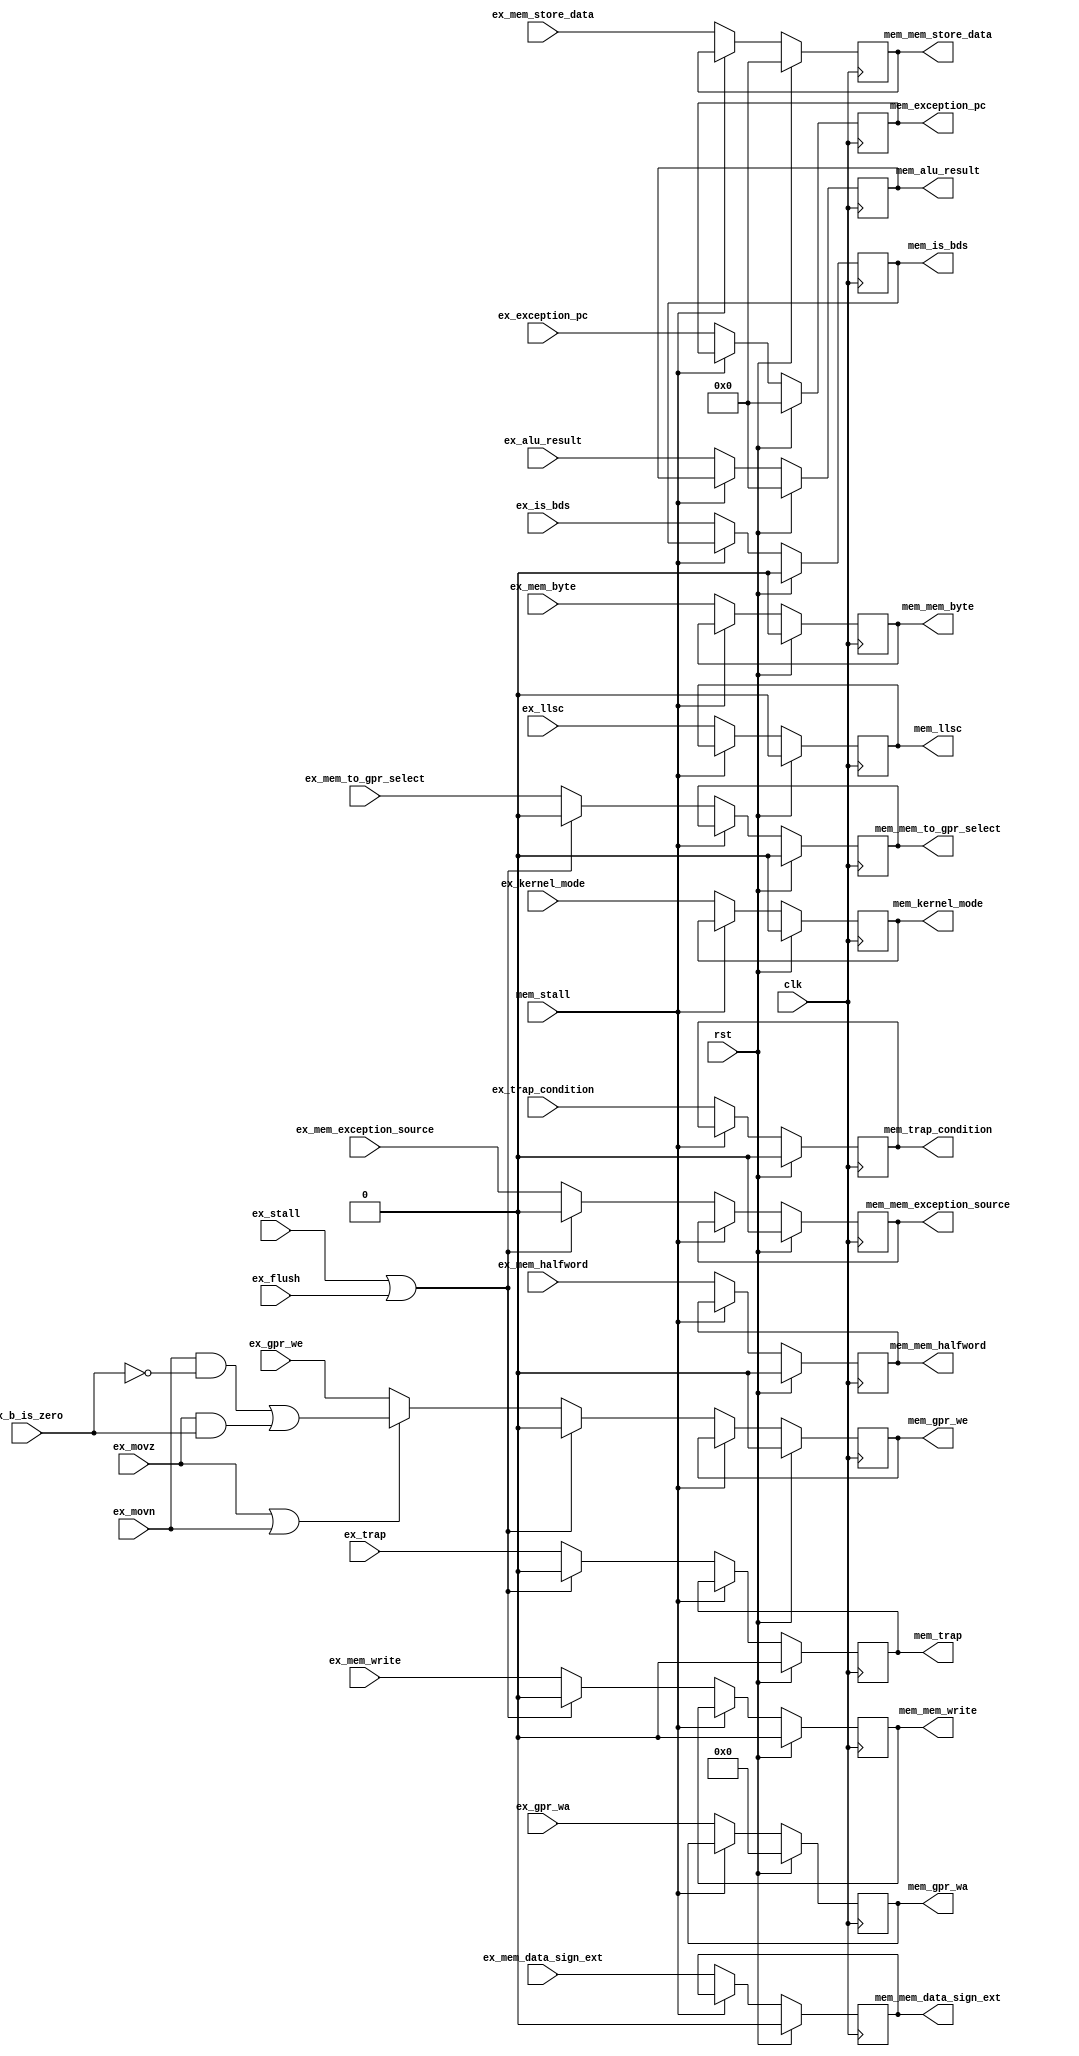
module antares_exmem_register (
                               input             clk,                      
                               input             rst,                      
                               input [31:0]      ex_alu_result,            
                               input [31:0]      ex_mem_store_data,        
                               input [4:0]       ex_gpr_wa,                
                               input             ex_gpr_we,                
                               input             ex_mem_to_gpr_select,     
                               input             ex_mem_write,             
                               input             ex_mem_byte,              
                               input             ex_mem_halfword,          
                               input             ex_mem_data_sign_ext,     
                               input [31:0]      ex_exception_pc,
                               input             ex_movn,
                               input             ex_movz,
                               input             ex_b_is_zero,
                               input             ex_llsc,
                               input             ex_kernel_mode,
                               input             ex_is_bds,
                               input             ex_trap,
                               input             ex_trap_condition,
                               input             ex_mem_exception_source,  
                               input             ex_flush,                 
                               input             ex_stall,                 
                               input             mem_stall,                
                               output reg [31:0] mem_alu_result,           
                               output reg [31:0] mem_mem_store_data,       
                               output reg [4:0]  mem_gpr_wa,               
                               output reg        mem_gpr_we,               
                               output reg        mem_mem_to_gpr_select,    
                               output reg        mem_mem_write,            
                               output reg        mem_mem_byte,             
                               output reg        mem_mem_halfword,         
                               output reg        mem_mem_data_sign_ext,    
                               output reg [31:0] mem_exception_pc,
                               output reg        mem_llsc,
                               output reg        mem_kernel_mode,
                               output reg        mem_is_bds,
                               output reg        mem_trap,
                               output reg        mem_trap_condition,
                               output reg        mem_mem_exception_source
                               );
    wire    mov_reg_write = (ex_movn &  ~ex_b_is_zero) | (ex_movz &  ex_b_is_zero);
    always @(posedge clk) begin
        mem_alu_result           <= (rst) ? 32'b0 : ((mem_stall) ? mem_alu_result                                           : ex_alu_result);
        mem_mem_store_data       <= (rst) ? 32'b0 : ((mem_stall) ? mem_mem_store_data                                       : ex_mem_store_data);
        mem_gpr_wa               <= (rst) ? 5'b0  : ((mem_stall) ? mem_gpr_wa                                               : ex_gpr_wa);
        mem_gpr_we               <= (rst) ? 1'b0  : ((mem_stall) ? mem_gpr_we               : ((ex_stall | ex_flush) ? 1'b0 : ((ex_movz | ex_movn) ? mov_reg_write : ex_gpr_we)));
        mem_mem_to_gpr_select    <= (rst) ? 1'b0  : ((mem_stall) ? mem_mem_to_gpr_select    : ((ex_stall | ex_flush) ? 1'b0 : ex_mem_to_gpr_select));     
        mem_mem_write            <= (rst) ? 1'b0  : ((mem_stall) ? mem_mem_write            : ((ex_stall | ex_flush) ? 1'b0 : ex_mem_write));
        mem_mem_byte             <= (rst) ? 1'b0  : ((mem_stall) ? mem_mem_byte                                             : ex_mem_byte);
        mem_mem_halfword         <= (rst) ? 1'b0  : ((mem_stall) ? mem_mem_halfword                                         : ex_mem_halfword);
        mem_mem_data_sign_ext    <= (rst) ? 1'b0  : ((mem_stall) ? mem_mem_data_sign_ext                                    : ex_mem_data_sign_ext);
        mem_exception_pc         <= (rst) ? 32'b0 : ((mem_stall) ? mem_exception_pc                                         : ex_exception_pc);
        mem_llsc                 <= (rst) ? 1'b0  : ((mem_stall) ? mem_llsc                                                 : ex_llsc);
        mem_kernel_mode          <= (rst) ? 1'b0  : ((mem_stall) ? mem_kernel_mode                                          : ex_kernel_mode);
        mem_is_bds               <= (rst) ? 1'b0  : ((mem_stall) ? mem_is_bds                                               : ex_is_bds);
        mem_trap                 <= (rst) ? 1'b0  : ((mem_stall) ? mem_trap                 : ((ex_stall | ex_flush) ? 1'b0 : ex_trap));
        mem_trap_condition       <= (rst) ? 1'b0  : ((mem_stall) ? mem_trap_condition                                       : ex_trap_condition);
        mem_mem_exception_source <= (rst) ? 1'b0  : ((mem_stall) ? mem_mem_exception_source : ((ex_stall | ex_flush) ? 1'b0 : ex_mem_exception_source));
    end 
endmodule